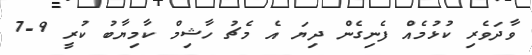
ވާދަވެރި ކުޅުމެއް ފެނިގެން ދިޔަ އެ މެޗު ހާޝިމް ކާމިޔާބު ކުރީ 9-7